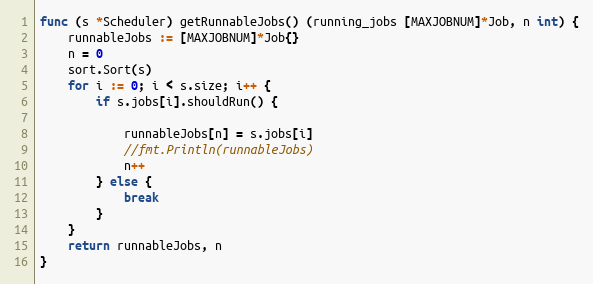
Language: Go
func (s *Scheduler) getRunnableJobs() (running_jobs [MAXJOBNUM]*Job, n int) {
	runnableJobs := [MAXJOBNUM]*Job{}
	n = 0
	sort.Sort(s)
	for i := 0; i < s.size; i++ {
		if s.jobs[i].shouldRun() {

			runnableJobs[n] = s.jobs[i]
			//fmt.Println(runnableJobs)
			n++
		} else {
			break
		}
	}
	return runnableJobs, n
}